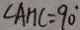
\angle A H C = 9 0 ^ { \circ }